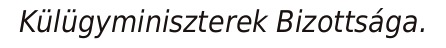
Külügyminiszterek Bizottsága.